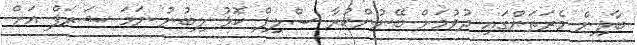
ބާލިން މެރަތަންގައި ދުވުމަށް ބޭނުންކުރާ ސްލިޕް ކޮޅު ލިބުނު ނަމަ ޝަރަފް އަށް